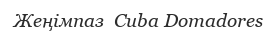
Жеңімпаз  Cuba Domadores